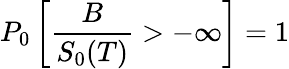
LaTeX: P_{0}\left[{\frac{B}{S_{0}(T)}}>-\infty\right]=1